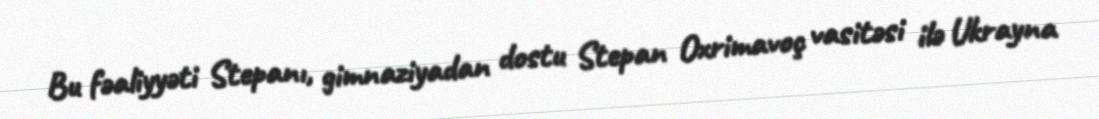
Bu fəaliyyəti Stepanı, gimnaziyadan dostu Stepan Oxrimavoç vasitəsi ilə Ukrayna